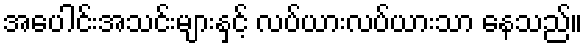
အပေါင်းအသင်းများနှင့် လပ်ယားလပ်ယားသာ နေသည်။